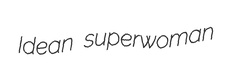
Idean superwoman